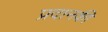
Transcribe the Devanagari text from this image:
प्रदानकी